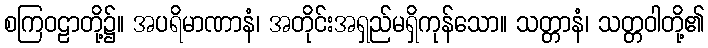
စကြဝဠာတို့၌။ အပရိမာဏာနံ၊ အတိုင်းအရှည်မရှိကုန်သော။ သတ္တာနံ၊ သတ္တဝါတို့၏